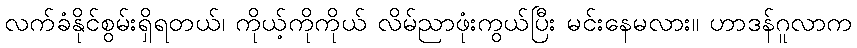
လက်ခံနိုင်စွမ်းရှိရတယ်၊ ကိုယ့်ကိုကိုယ် လိမ်ညာဖုံးကွယ်ပြီး မင်းနေမလား။ ဟာဒန်ဂူလာက